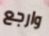
وارجع